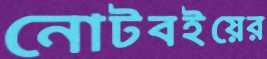
নোটবইয়ের